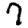
Digit: 7